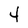
Character: 4